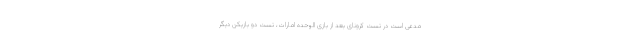
مدعی است در تست کرونای بعد از بازی الوحده امارات، تست دو بازیکن دیگر